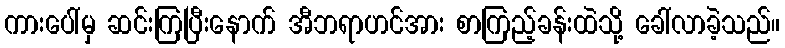
ကားပေါ်မှ ဆင်းကြပြီးနောက် အီဘရာဟင်အား စာကြည့်ခန်းထဲသို့ ခေါ်လာခဲ့သည်။